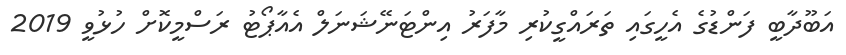
އަބޫދާބީ ފަންޑުގެ އެހީގައި ތަރައްގީކުރި މާފަރު އިންޓަނޭޝަނަލް އެއާޕޯޓު ރަސްމީކޮށް ހުޅުވީ 2019